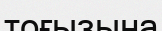
тоғызына